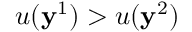
u ( \mathbf { y } ^ { 1 } ) > u ( \mathbf { y } ^ { 2 } )